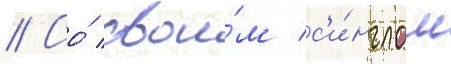
// Со́ свои́м с'и́нглом